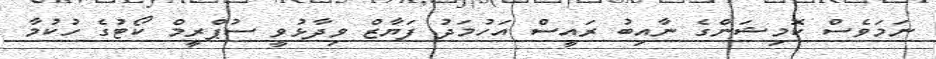
ނަމަވެސް ކޮމިޝަންގެ ނާއިބު ރައީސް އަހުމަދު ފަޔާޒް ވިދާޅުވީ ސުޕްރީމް ކޯޓުގެ ހުކުމާ